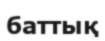
баттық